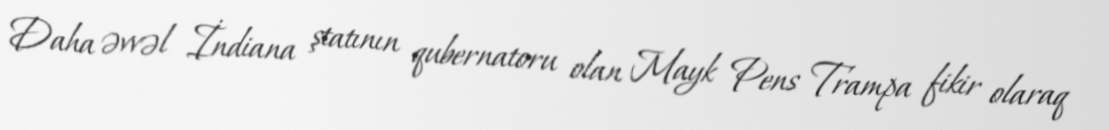
Daha əvvəl İndiana ştatının qubernatoru olan Mayk Pens Trampa fikir olaraq